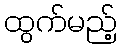
ထွက်မည့်